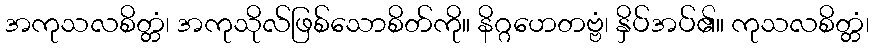
အကုသလစိတ္တံ၊ အကုသိုလ်ဖြစ်သောစိတ်ကို။ နိဂ္ဂဟေတဗ္ဗံ၊ နှိပ်အပ်၏။ ကုသလစိတ္တံ၊